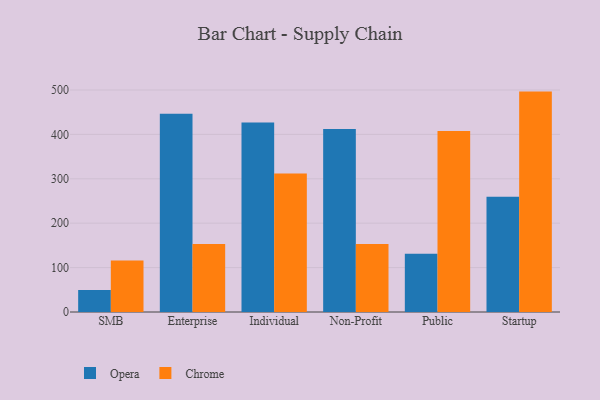
{"axis": {"x": "Segment", "y": "Production Output"}, "legend": ["Chrome", "Opera"], "data": [{"x": "SMB", "y": 49.7, "type": "Opera"}, {"x": "SMB", "y": 116.2, "type": "Chrome"}, {"x": "Enterprise", "y": 446.7, "type": "Opera"}, {"x": "Enterprise", "y": 153.1, "type": "Chrome"}, {"x": "Individual", "y": 427.0, "type": "Opera"}, {"x": "Individual", "y": 311.7, "type": "Chrome"}, {"x": "Non-Profit", "y": 412.3, "type": "Opera"}, {"x": "Non-Profit", "y": 152.9, "type": "Chrome"}, {"x": "Public", "y": 131.1, "type": "Opera"}, {"x": "Public", "y": 407.8, "type": "Chrome"}, {"x": "Startup", "y": 259.4, "type": "Opera"}, {"x": "Startup", "y": 496.4, "type": "Chrome"}]}